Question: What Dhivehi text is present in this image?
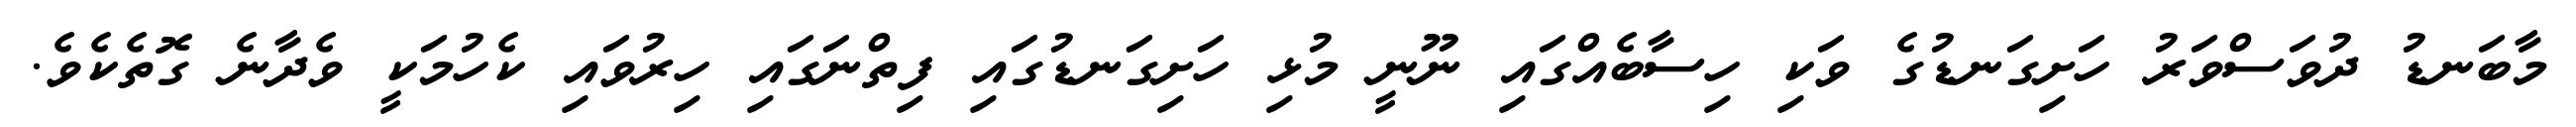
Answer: މާބަނޑު ދުވަސްވަރު ހަށިގަނޑުގެ ވަކި ހިސާބެއްގައި ނޫނީ މުޅި ހަށިގަނޑުގައި ފިތްނަގައި ހިރުވައި ކެހުމަކީ ވެދާނެ ގޮތެކެވެ.